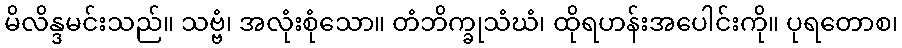
မိလိန္ဒမင်းသည်။ သဗ္ဗံ၊ အလုံးစုံသော။ တံဘိက္ခုသံဃံ၊ ထိုရဟန်းအပေါင်းကို။ ပုရတောစ၊